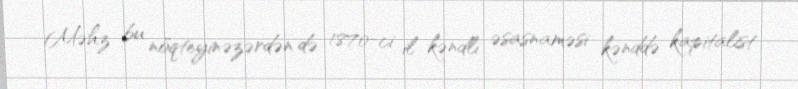
Məhz bu nöqteyinəzərdən də 1870-ci il kəndli əsasnaməsi kənddə kapitalist